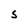
Character: S